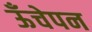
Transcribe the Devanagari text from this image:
ऊँचेपन